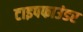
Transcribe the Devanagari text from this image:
टाइपफाउंडर